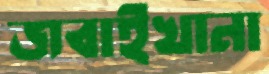
জবাইখানা